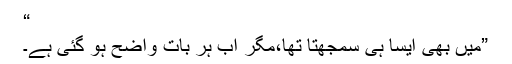
“
”میں بھی ایسا ہی سمجھتا تھا،مگر اب ہر بات واضح ہو گئی ہے۔